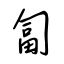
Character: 匐